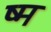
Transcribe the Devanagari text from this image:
ष्म